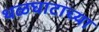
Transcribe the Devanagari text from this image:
थळघाटाच्या